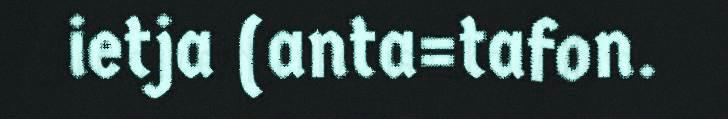
ietja (anta=tafon.